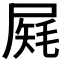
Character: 𡲔